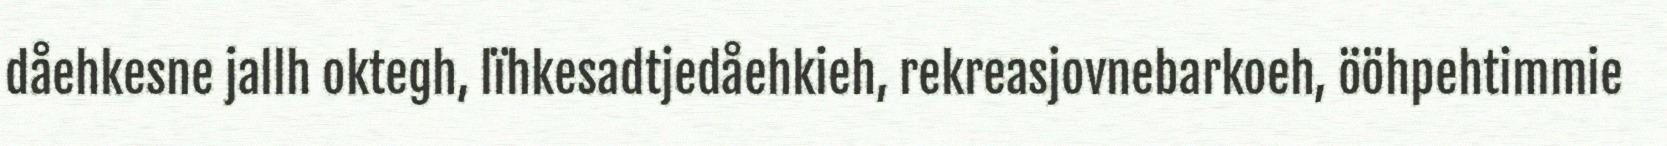
dåehkesne jallh oktegh, lïhkesadtjedåehkieh, rekreasjovnebarkoeh, ööhpehtimmie